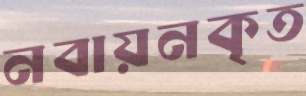
নবায়নকৃত